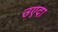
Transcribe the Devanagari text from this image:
उएदा